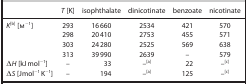
|  | T [K] | isophthalate | dinicotinate | benzoate | nicotinate |
 | --- | --- | --- | --- | --- | --- |
 | K[b] [m−1] | 293 | 16 660 | 2534 | 421 | 570 |
 |  | 298 | 20 410 | 2753 | 455 | 571 |
 |  | 303 | 24 280 | 2525 | 569 | 638 |
 |  | 313 | 39 990 | 2639 | – | 579 |
 | ΔH [kJ mol−1] | – | 33 | –[a] | 22 | –[c] |
 | ΔS [Jmol−1 K−1] | – | 194 | –[a] | 125 | –[c] |